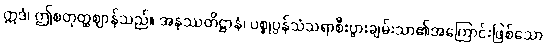
ဣဒံ၊ ဤစတုတ္ထဈာန်သည်။ အနုဿတိဋ္ဌာနံ၊ ပစ္စုပ္ပန်သံသရာစီးပွားချမ်းသာ၏အကြောင်းဖြစ်သော